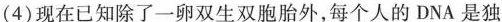
(4)现在已知除了一卵双生双胞胎外，每个人的DNA是独